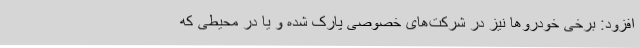
افزود: برخی خودروها نیز در شرکت‌های خصوصی پارک شده و یا در محیطی که